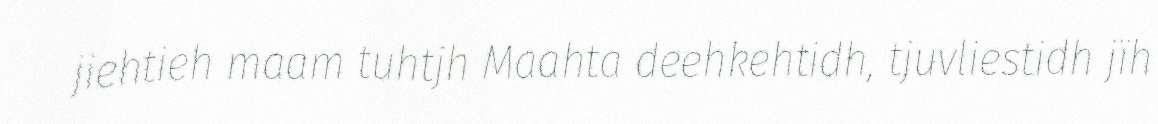
jiehtieh maam tuhtjh Maahta deehkehtidh, tjuvliestidh jïh